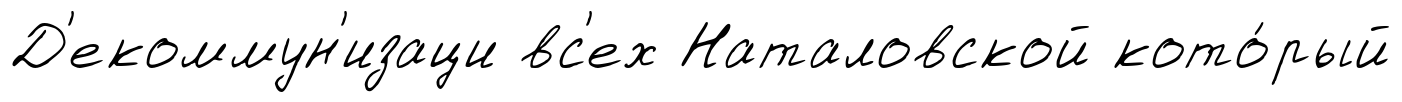
Д'екоммун'изаци вс'ех Наталовской кото́рый